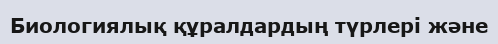
Биологиялық құралдардың түрлері және